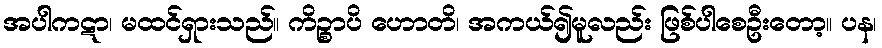
အပါကဋာ၊ မထင်ရှားသည်။ ကိဉ္စာပိ ဟောတိ၊ အကယ်၍မူလည်း ဖြစ်ပါစေဦးတော့။ ပန၊